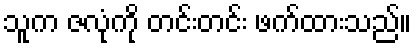
သူက ဇလုံကို တင်းတင်း ဖက်ထားသည်။